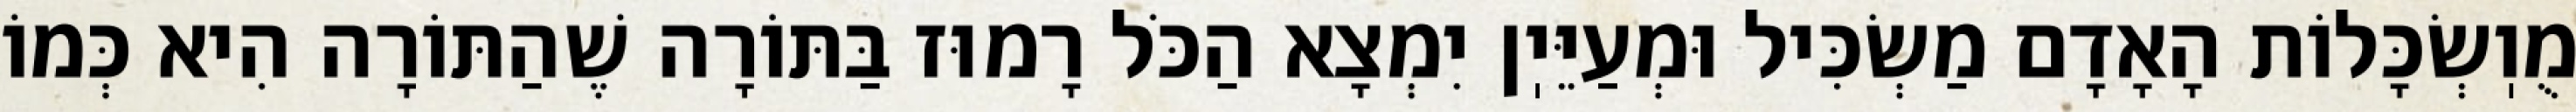
מֻוֽשְׂכָּלוֹת הָאָדָם מַשְׂכִּיל וּמְעַיֵּיֽן יִמְצָא הַכֹּל רָמוּז בַּתּוֹרָה שֶׁהַתּוֹרָה הִיא כְּמוֹ